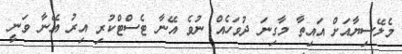
މެލޭސިޔާއަށް އައިތާ މާގިނަ ދުވަހެއް ނުވެ އޭނާ ޓެސްޓްކުރި އިރު އޭނާ ވަނީ